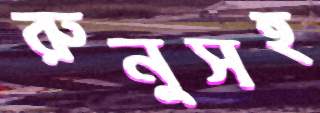
রুনুসহ